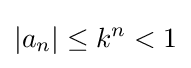
|a_{n}|\leq k^{n}<1